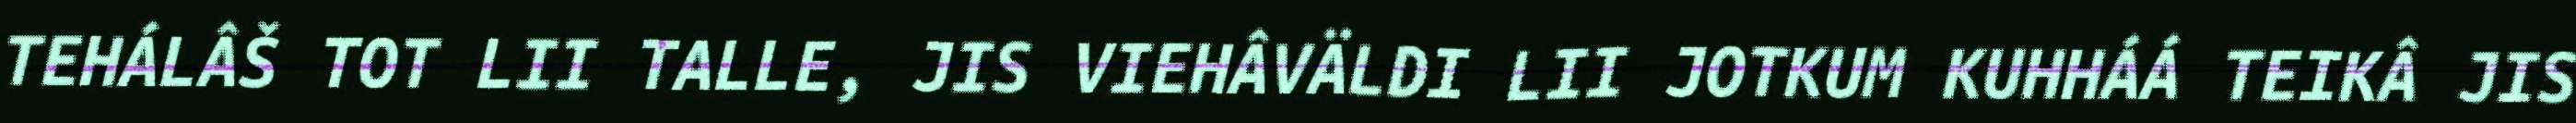
TEHÁLÂŠ TOT LII TALLE, JIS VIEHÂVÄLDI LII JOTKUM KUHHÁÁ TEIKÂ JIS